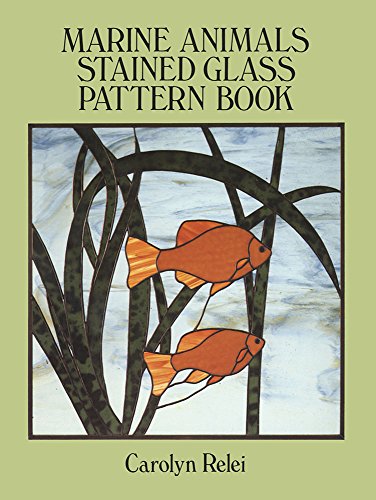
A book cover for Marine Animals Stained Glass Pattern Book (Dover Stained Glass Instruction); Carolyn Relei; Crafts, Hobbies & Home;